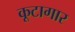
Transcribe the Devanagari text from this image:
कूटागार